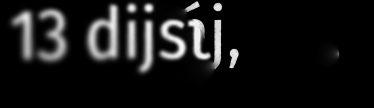
13 dijstagáj,